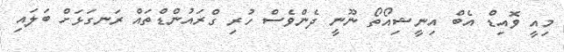
މިއީ ވޮއިޑް އެބް އިނީޝިއޯތޯ ނޫނީ ދެންވެސް ހުރި ގްރައުންޑްތައް ރަނގަޅަށް ބަލައި